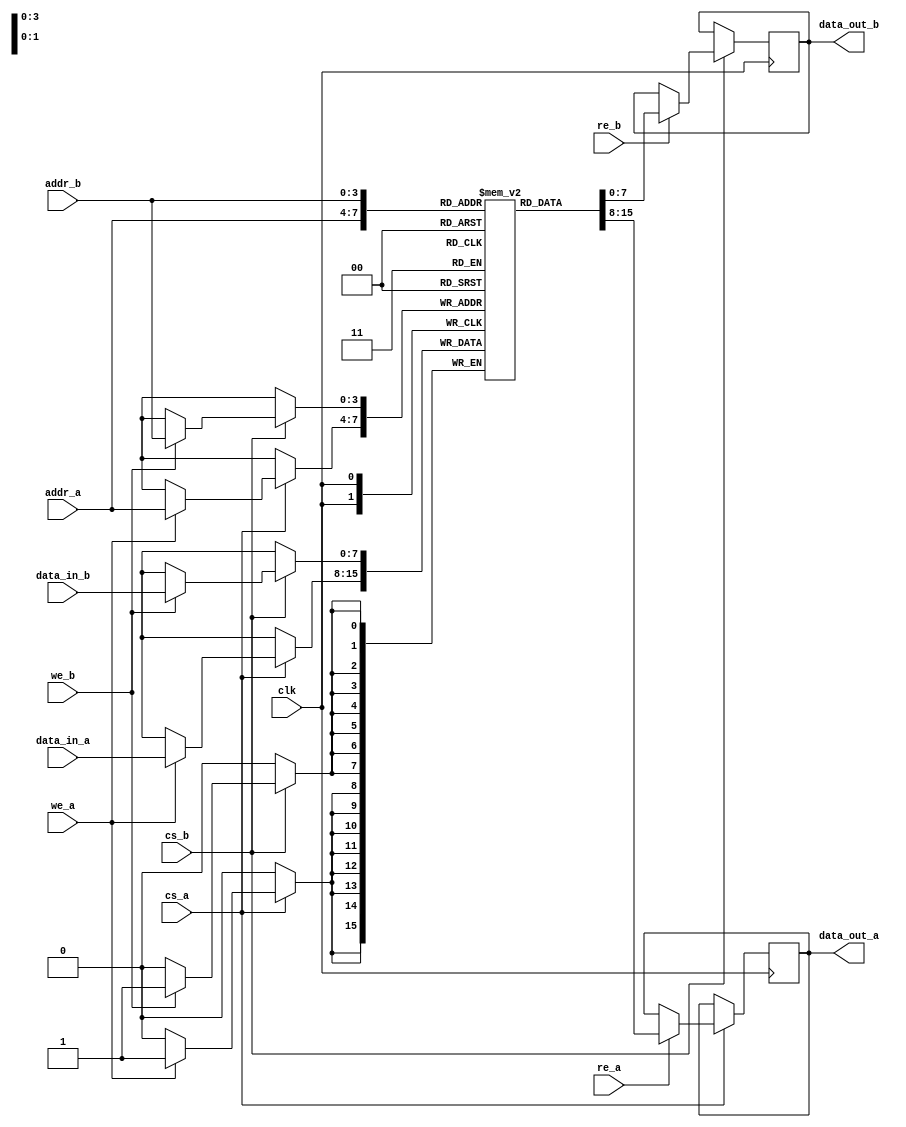
module dual_port_ram #(
    parameter DATA_WIDTH = 8,  // Width of data (in bits)
    parameter ADDR_WIDTH = 4   // Width of address (in bits)
)(
    input wire clk,             // Clock signal
    input wire cs_a,           // Chip select for Port A
    input wire we_a,           // Write enable for Port A
    input wire re_a,           // Read enable for Port A
    input wire [ADDR_WIDTH-1:0] addr_a, // Address for Port A
    input wire [DATA_WIDTH-1:0] data_in_a, // Data input for Port A
    output reg [DATA_WIDTH-1:0] data_out_a, // Data output for Port A

    input wire cs_b,           // Chip select for Port B
    input wire we_b,           // Write enable for Port B
    input wire re_b,           // Read enable for Port B
    input wire [ADDR_WIDTH-1:0] addr_b, // Address for Port B
    input wire [DATA_WIDTH-1:0] data_in_b, // Data input for Port B
    output reg [DATA_WIDTH-1:0] data_out_b  // Data output for Port B
);

    // Memory array declaration
    reg [DATA_WIDTH-1:0] ram [(2**ADDR_WIDTH)-1:0];

    // Port A operations
    always @(posedge clk) begin
        if (cs_a) begin
            if (we_a) begin
                // Write operation for Port A
                ram[addr_a] <= data_in_a;
            end
            if (re_a) begin
                // Read operation for Port A
                data_out_a <= ram[addr_a];
            end
        end
    end

    // Port B operations
    always @(posedge clk) begin
        if (cs_b) begin
            if (we_b) begin
                // Write operation for Port B
                ram[addr_b] <= data_in_b;
            end
            if (re_b) begin
                // Read operation for Port B
                data_out_b <= ram[addr_b];
            end
        end
    end

endmodule